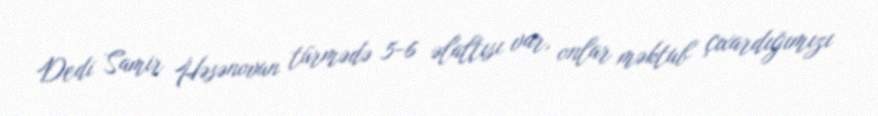
Dedi Samir Həsənovun türmədə 5-6 əlaltısı var, onlar məktub çıxardığımızı